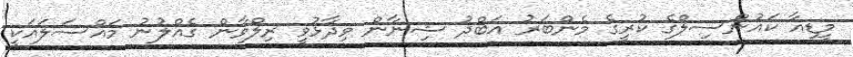
މީޑިއާ ކައުންސިލްގެ ކުރީގެ މެންބަރު އަބްދު ޝިނާން ވިދާޅުވީ ރިލްވާން ގެއްލުނު މައްސަލައަކީ